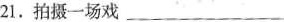
21.拍摄一场戏___